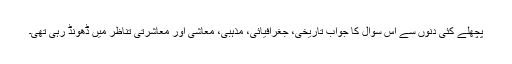
پچھلے کئی دنوں سے اس سوال کا جواب تاریخی، جغرافیائی، مذہبی، معاشی اور معاشرتی تناظر میں ڈھونڈ رہی تھی۔